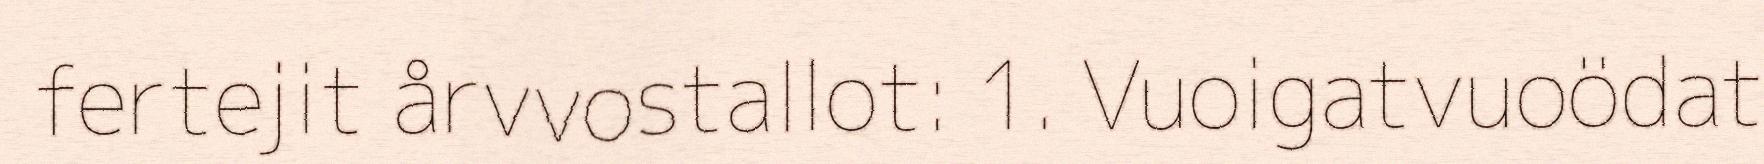
fertejit årvvostallot: 1. Vuoigatvuoödat